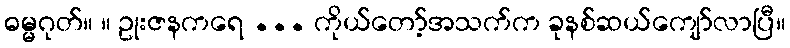
ဓမ္မဂုတ်။ ။ ဥုးဇနကရေ ... ကိုယ်တော့်အသက်က ခုနစ်ဆယ်ကျော်လာပြီ။